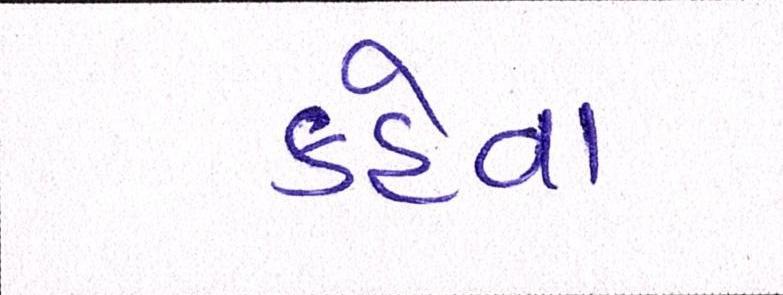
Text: કહેવા